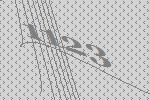
1123